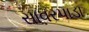
સાવરપાડા